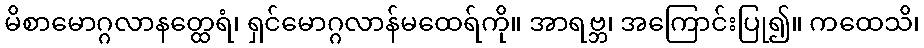
မိစာမောဂ္ဂလာနတ္ထေရံ၊ ရှင်မောဂ္ဂလာန်မထေရ်ကို။ အာရဗ္ဘ၊ အကြောင်းပြု၍။ ကထေသိ၊